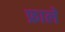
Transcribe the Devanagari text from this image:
फ्राले